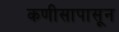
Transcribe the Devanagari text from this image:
कणीसापासून